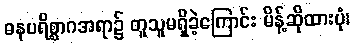
ဓနပရိစ္စာဂအရာ၌ တူသူမရှိခဲ့ကြောင်း မိန့်ဆိုထားပုံ၊